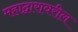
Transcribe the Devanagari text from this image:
महाद्वारावरील